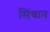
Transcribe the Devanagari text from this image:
सिंचान